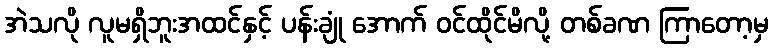
အဲသလို လူမရှိဘူးအထင်နှင့် ပန်းချုံ အောက် ဝင်ထိုင်မိလို့ တစ်ခဏ ကြာတော့မှ